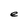
Character: e